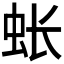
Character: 𫊪